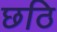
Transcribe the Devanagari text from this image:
छठि